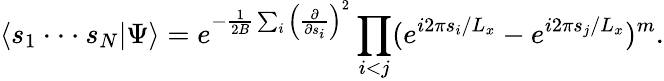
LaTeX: \langle s_{1}\cdot\cdot\cdot s_{N}|\Psi\rangle=e^{-{\frac{1}{2B}}\sum_{i}\left({\frac{\partial}{\partial s_{i}}}\right)^{2}}\prod_{i<j}(e^{i2\pi s_{i}/L_{x}}-e^{i2\pi s_{j}/L_{x}})^{m}.